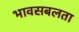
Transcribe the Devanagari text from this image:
भावसबलता